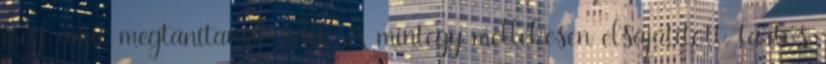
meg, amit megtanítanak neki. A mintegy mellékesen elsajátított, tartós